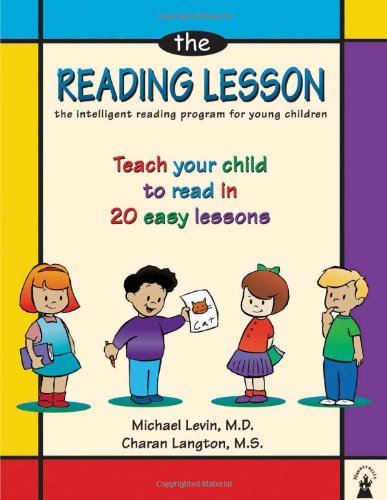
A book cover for The Reading Lesson: Teach Your Child to Read in 20 Easy Lessons; Michael Levin MD; Education & Teaching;